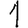
Digit: 1